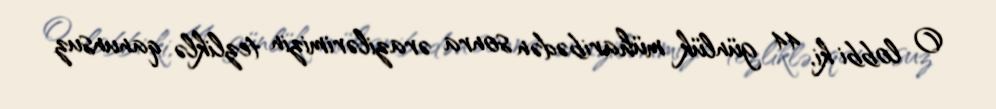
O lobbi ki, 44 günlük müharibədən sonra ərazilərimizin tezliklə qanunsuz